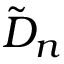
\tilde { D } _ { n }